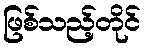
ဖြစ်သည့်တိုင်